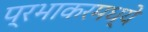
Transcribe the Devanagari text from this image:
प्रभाकरमध्ये